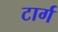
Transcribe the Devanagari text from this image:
टार्ग